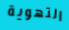
التهوية